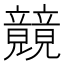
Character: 竸